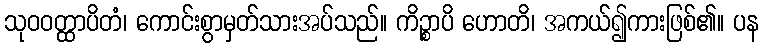
သုဝဝတ္ထာပိတံ၊ ကောင်းစွာမှတ်သားအပ်သည်။ ကိဉ္စာပိ ဟောတိ၊ အကယ်၍ကားဖြစ်၏။ ပန